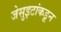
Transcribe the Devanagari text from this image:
जेसुइटांकडून